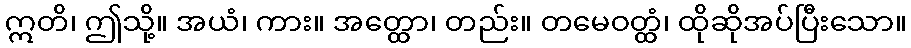
ဣတိ၊ ဤသို့။ အယံ၊ ကား။ အတ္ထော၊ တည်း။ တမေဝတ္ထံ၊ ထိုဆိုအပ်ပြီးသော။